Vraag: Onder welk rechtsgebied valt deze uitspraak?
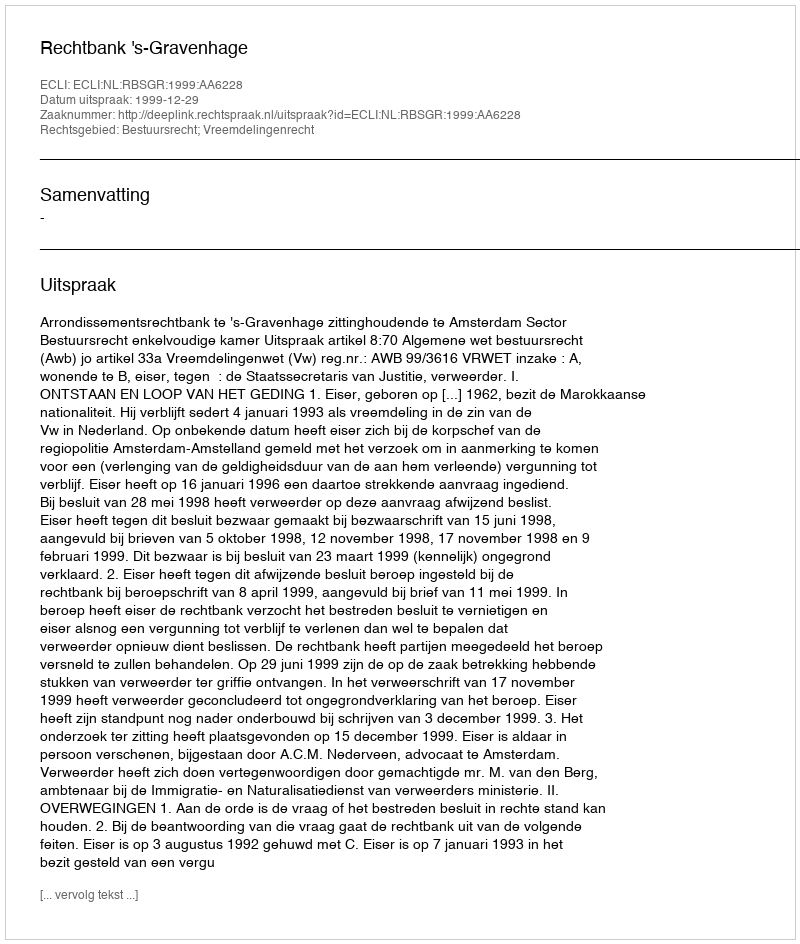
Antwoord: Bestuursrecht; Vreemdelingenrecht